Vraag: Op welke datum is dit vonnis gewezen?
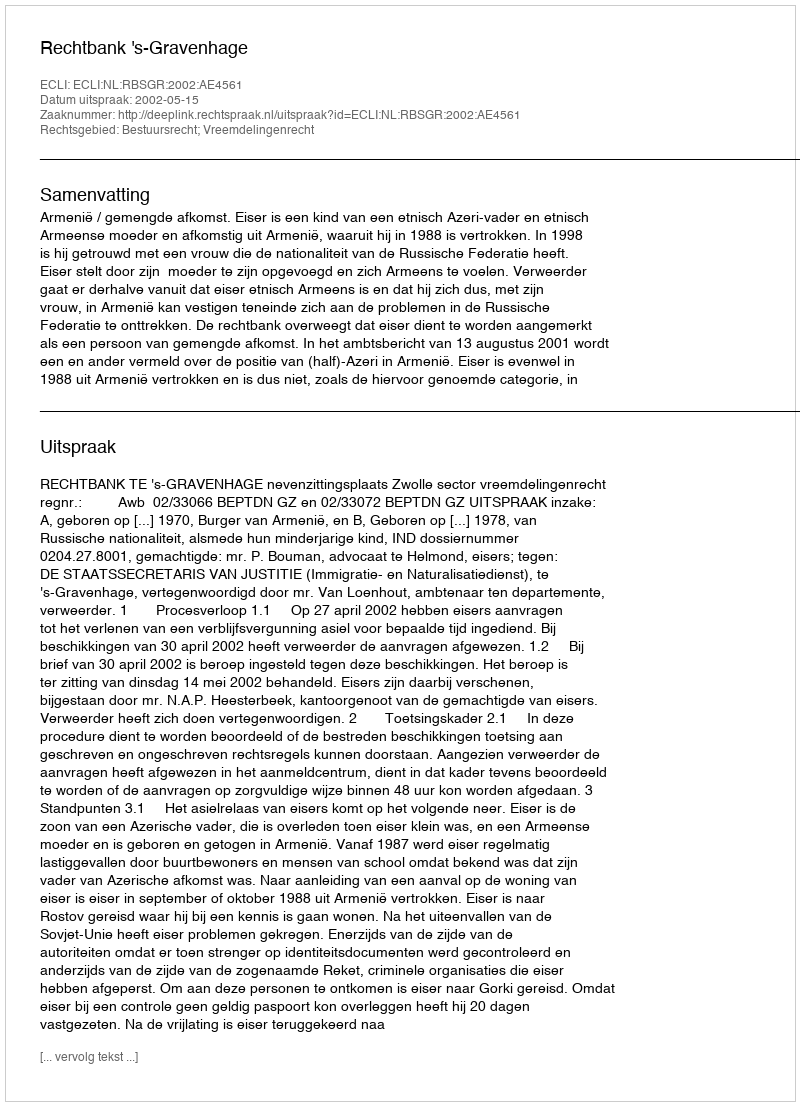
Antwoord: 2002-05-15